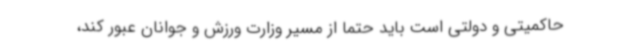
حاکمیتی و دولتی است باید حتما از مسیر وزارت ورزش و جوانان عبور کند،